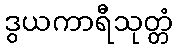
ဒွယကာရီသုတ္တံ